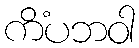
ကိံပဘဝါ